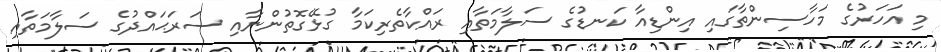
މި އަހަރުގެ މަހާސިންތާގައި އިންޑިއާ ކަނޑުގެ ސަލާމަތާއި ރައްކާތެރިކަމާ ގުޅޭގޮތުންނާއި ސަރަޙައްދުގެ ސަލާމަތާއި